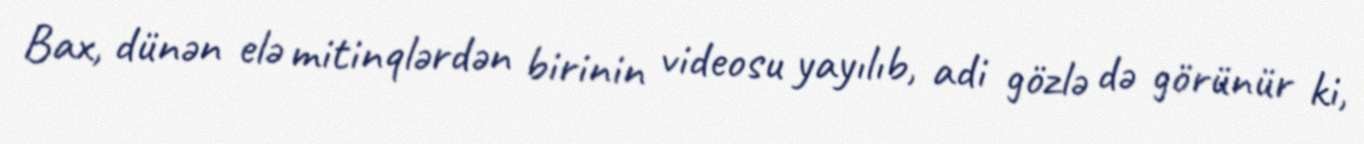
Bax, dünən elə mitinqlərdən birinin videosu yayılıb, adi gözlə də görünür ki,